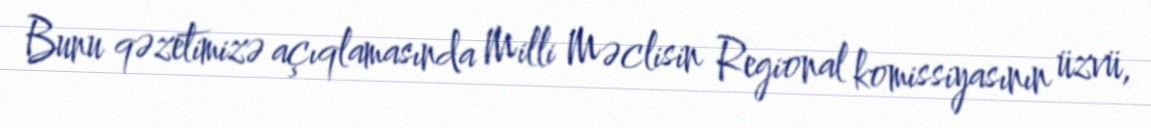
Bunu qəzetimizə açıqlamasında Milli Məclisin Regional komissiyasının üzvü,